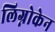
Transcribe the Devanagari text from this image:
लिग्नोकेन